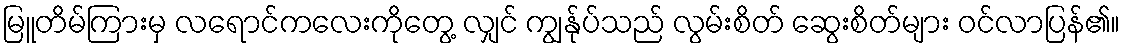
မြူတိမ်ကြားမှ လရောင်ကလေးကိုတွေ့ လျှင် ကျွန်ုပ်သည် လွမ်းစိတ် ဆွေးစိတ်များ ဝင်လာပြန်၏။